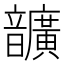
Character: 𩑈